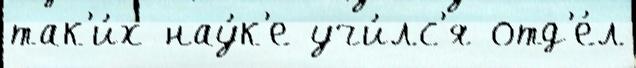
так'и́х нау́к'е учи́лс'я отд'е́л